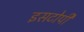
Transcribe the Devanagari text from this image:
इसटोपी